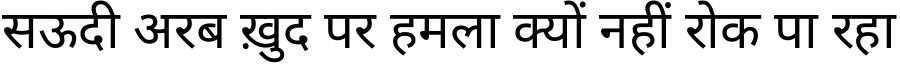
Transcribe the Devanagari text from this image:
सऊदी अरब ख़ुद पर हमला क्यों नहीं रोक पा रहा